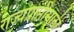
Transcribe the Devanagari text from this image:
राज्यप्राप्तीसाठी